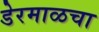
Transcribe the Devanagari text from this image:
डेरमाळचा